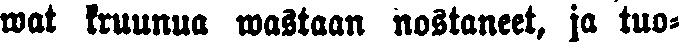
wat kruunua wastaan nostaneet, ja tuo-